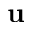
\mathbf u